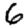
Digit: 6